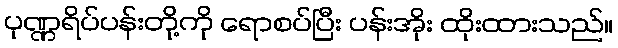
ပုဏ္ဏရိပ်ပန်းတို့ကို ရောစပ်ပြီး ပန်းအိုး ထိုးထားသည်။